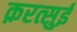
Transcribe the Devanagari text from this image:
क़रत्सुई